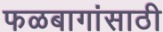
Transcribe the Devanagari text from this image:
फळबागांसाठी